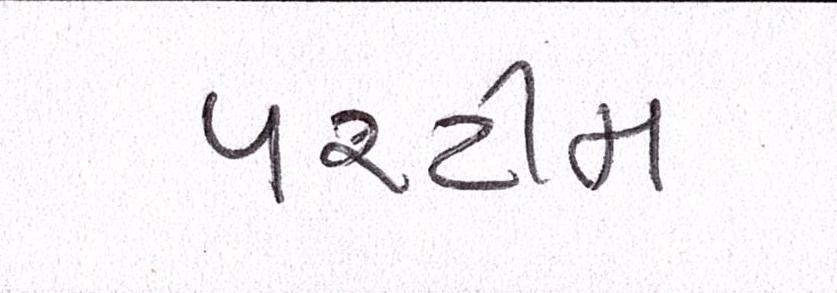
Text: પરટીમ